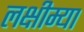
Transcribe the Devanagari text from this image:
लक्षीम्या